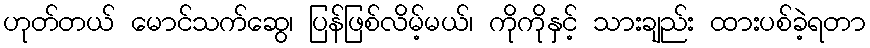
ဟုတ်တယ် မောင်သက်ဆွေ၊ ပြန်ဖြစ်လိမ့်မယ်၊ ကိုကိုနှင့် သားချည်း ထားပစ်ခဲ့ရတာ